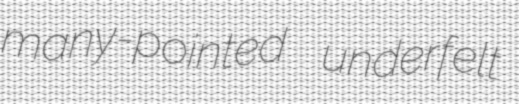
many-pointed underfelt